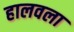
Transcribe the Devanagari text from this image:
हालवला